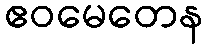
ဧဝမေတေန